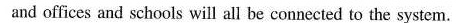
and offices and schools will all be connected tothe system.